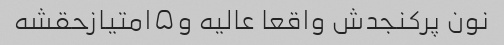
نون پرکنجدش واقعا عالیه و۵امتیازحقشه